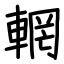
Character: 輞